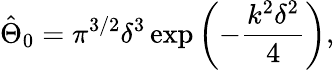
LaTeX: \hat{\Theta}_{0}=\pi^{3/2}\delta^{3}\exp{\left(-\frac{k^{2}\delta^{2}}{4}\right)},